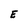
Character: E